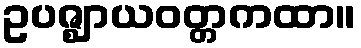
ဥပဇ္ဈာယဝတ္တကထာ။